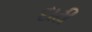
દાઢી